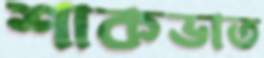
শাকভাত